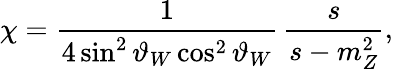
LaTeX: \chi=\frac{1}{4\sin^{2}\vartheta_{W}\cos^{2}\vartheta_{W}}\, \frac{s}{s-m_{Z}^{2}},